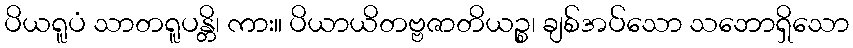
ပိယရူပံ သာတရူပန္တိ၊ ကား။ ပိယာယိတဗ္ဗဇာတိယဉ္စ၊ ချစ်အပ်သော သဘောရှိသော